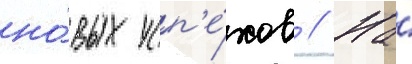
но́вых усп'е́хов // На́